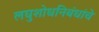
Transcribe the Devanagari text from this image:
लघुशोधनिबंधांचे